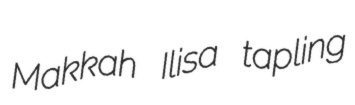
Makkah Ilisa tapling